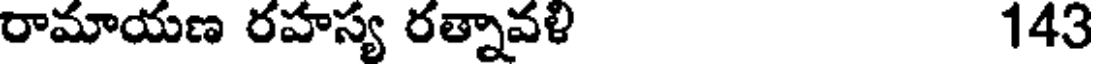
రామాయణ రహస్య రత్నావళి 143